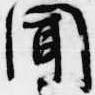
聞